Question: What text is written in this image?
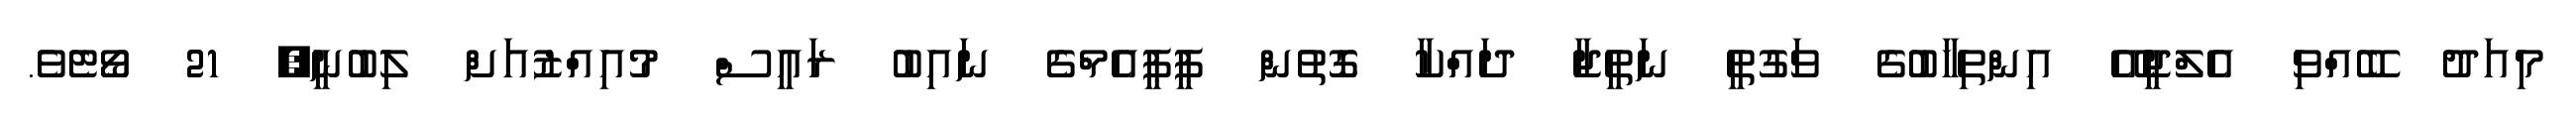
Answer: މިއަދު ބޭއްވި އެލްޖީއޭ އިންތިހާބުގެ ވަގުތީ ނަތީޖާ ދައްކާ ގޮތުން ޕީޕީއެމްގެ ނައިބު ރައީސް މުއިއްޒުއަށް ލިބުނީ, 21 ވޯޓެވެ.